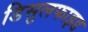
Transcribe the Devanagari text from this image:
डिसुलफाइड